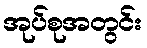
အုပ်စုအတွင်း